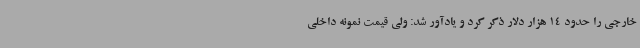
خارجی را حدود 14 هزار دلار ذکر کرد و یادآور شد: ولی قیمت نمونه داخلی